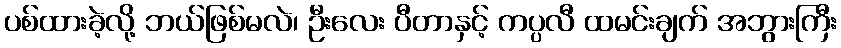
ပစ်ထားခဲ့လို့ ဘယ်ဖြစ်မလဲ၊ ဦးလေး ပီတာနှင့် ကပ္ပလီ ထမင်းချက် အဘွားကြီး